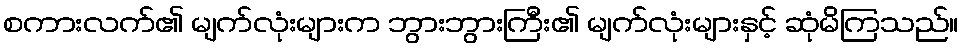
စကားလက်၏ မျက်လုံးများက ဘွားဘွားကြီး၏ မျက်လုံးများနှင့် ဆုံမိကြသည်။